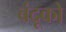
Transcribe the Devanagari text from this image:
बंदूको